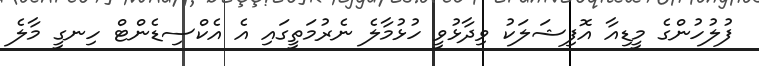
ފުލުހުންގެ މީޑިއާ އޮފިޝަލަކު ވިދާޅުވީ ހުޅުމާލެ ނެރުމަތީގައި އެ އެކްސިޑެންޓް ހިނގީ މާލެ